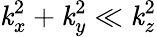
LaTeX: \mathit{k}_{x}^{2}+\mathit{k}_{y}^{2}\ll\mathit{k}_{z}^{2}